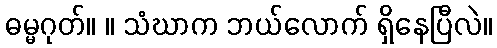
ဓမ္မဂုတ်။ ။ သံဃာက ဘယ်လောက် ရှိနေပြီလဲ။